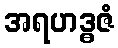
အရဟဒ္ဓဇံ